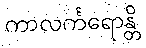
ကာလင်္ကရောန္တိ